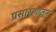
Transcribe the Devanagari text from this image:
प्रसारणातून